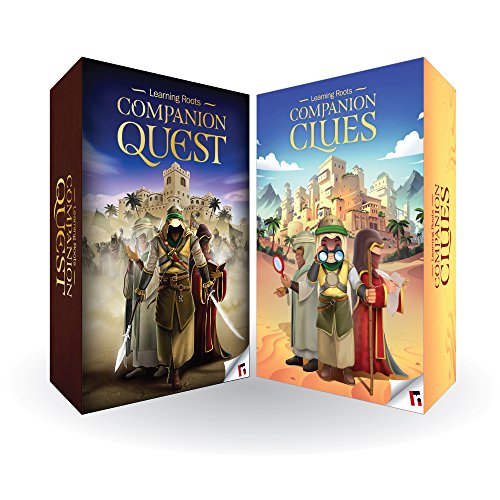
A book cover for Companion Collection; Zaheer Khatri; Children's Books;